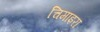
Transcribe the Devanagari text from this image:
चिमाइरा